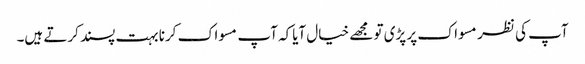
آپ کی نظر مسواک پر پڑی تو مجھے خیال آیاکہ آپ مسواک کرنا بہت پسند کرتے ہیں۔